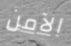
الآمن